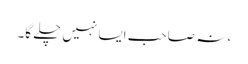
، نہ صاحب ایسا نہیں چلے گا۔